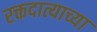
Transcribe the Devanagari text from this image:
रक्तदात्याच्या